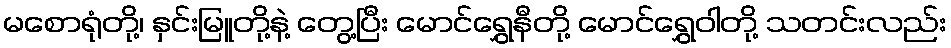
မစောရုံတို့၊ နှင်းမြူတို့နဲ့ တွေ့ပြီး မောင်ရွှေနီတို့ မောင်ရွှေဝါတို့ သတင်းလည်း